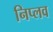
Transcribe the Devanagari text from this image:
निप्लव